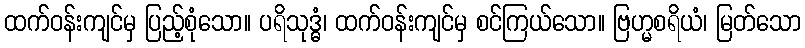
ထက်ဝန်းကျင်မှ ပြည့်စုံသော။ ပရိသုဒ္ဓံ၊ ထက်ဝန်းကျင်မှ စင်ကြယ်သော။ ဗြဟ္မစရိယံ၊ မြတ်သော